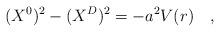
LaTeX: \begin{align*}(X^{0})^{2} - (X^{D})^{2} = - a^{2}V(r)\quad , \end{align*}